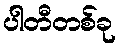
ပါတီတစ်ခု